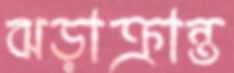
ঝড়াক্রান্ত